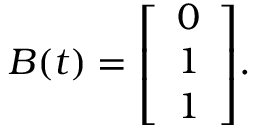
B ( t ) = { \left[ \begin{array} { l } { 0 } \\ { 1 } \\ { 1 } \end{array} \right] } .